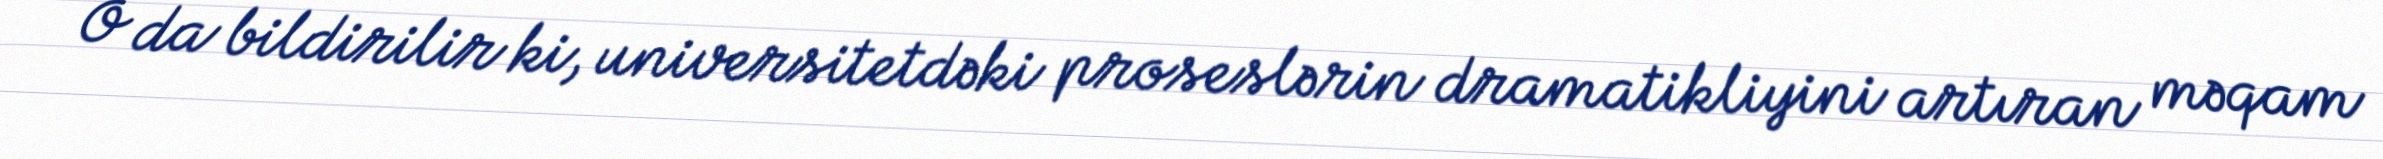
O da bildirilir ki, universitetdəki proseslərin dramatikliyini artıran məqam